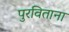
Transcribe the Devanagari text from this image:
पुरविताना